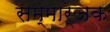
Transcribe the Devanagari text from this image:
सम्मार्जक